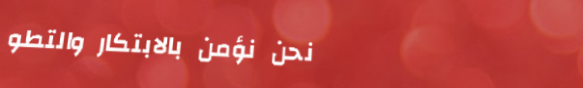
نحن نؤمن بالابتكار والتطو